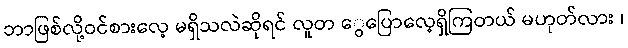
ဘာဖြစ်လို့ဝင်စားလေ့ မရှိသလဲဆိုရင် လူတ ွေပြောလေ့ရှိကြတယ် မဟုတ်လား ၊